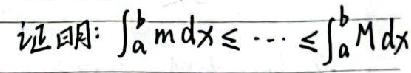
证明: $\int_{a}^{b} m \mathrm{d}x \leq \cdots \leq \int_{a}^{b} M \mathrm{d}x$